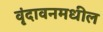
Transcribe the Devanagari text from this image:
वृंदावनमधील